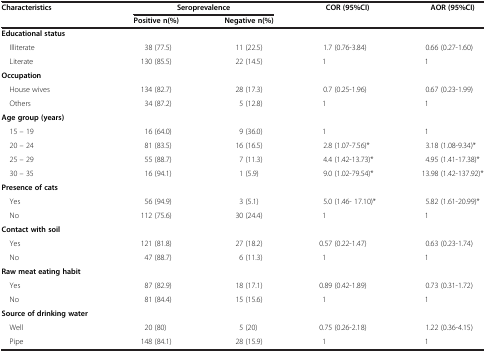
<table><thead><tr><td rowspan="2"><b>Characteristics</b></td><td colspan="2"><b>Seroprevalence</b></td><td><b>COR (95%CI)</b></td><td><b>AOR (95%CI)</b></td></tr><tr><td><b>Positive n(%)</b></td><td><b>Negative n(%)</b></td><td><b> </b></td><td><b> </b></td></tr></thead><tbody><tr><td><b>Educational status</b></td><td> </td><td> </td><td> </td><td> </td></tr><tr><td> Illiterate</td><td>38 (77.5)</td><td>11 (22.5)</td><td>1.7 (0.76-3.84)</td><td>0.66 (0.27-1.60)</td></tr><tr><td> Literate</td><td>130 (85.5)</td><td>22 (14.5)</td><td>1</td><td>1</td></tr><tr><td><b>Occupation</b></td><td> </td><td> </td><td> </td><td> </td></tr><tr><td> House wives</td><td>134 (82.7)</td><td>28 (17.3)</td><td>0.7 (0.25-1.96)</td><td>0.67 (0.23-1.99)</td></tr><tr><td> Others</td><td>34 (87.2)</td><td>5 (12.8)</td><td>1</td><td>1</td></tr><tr><td><b>Age group (years)</b></td><td> </td><td> </td><td> </td><td> </td></tr><tr><td> 15 – 19</td><td>16 (64.0)</td><td>9 (36.0)</td><td>1</td><td>1</td></tr><tr><td> 20 – 24</td><td>81 (83.5)</td><td>16 (16.5)</td><td>2.8 (1.07-7.56)*</td><td>3.18 (1.08-9.34)*</td></tr><tr><td> 25 – 29</td><td>55 (88.7)</td><td>7 (11.3)</td><td>4.4 (1.42-13.73)*</td><td>4.95 (1.41-17.38)*</td></tr><tr><td> 30 – 35</td><td>16 (94.1)</td><td>1 (5.9)</td><td>9.0 (1.02-79.54)*</td><td>13.98 (1.42-137.92)*</td></tr><tr><td><b>Presence of cats</b></td><td> </td><td> </td><td> </td><td> </td></tr><tr><td> Yes</td><td>56 (94.9)</td><td>3 (5.1)</td><td>5.0 (1.46- 17.10)*</td><td>5.82 (1.61-20.99)*</td></tr><tr><td> No</td><td>112 (75.6)</td><td>30 (24.4)</td><td>1</td><td>1</td></tr><tr><td><b>Contact with soil</b></td><td> </td><td> </td><td> </td><td> </td></tr><tr><td> Yes</td><td>121 (81.8)</td><td>27 (18.2)</td><td>0.57 (0.22-1.47)</td><td>0.63 (0.23-1.74)</td></tr><tr><td> No</td><td>47 (88.7)</td><td>6 (11.3)</td><td>1</td><td>1</td></tr><tr><td><b>Raw meat eating habit</b></td><td> </td><td> </td><td> </td><td> </td></tr><tr><td> Yes</td><td>87 (82.9)</td><td>18 (17.1)</td><td>0.89 (0.42-1.89)</td><td>0.73 (0.31-1.72)</td></tr><tr><td> No</td><td>81 (84.4)</td><td>15 (15.6)</td><td>1</td><td>1</td></tr><tr><td><b>Source of drinking water</b></td><td> </td><td> </td><td> </td><td> </td></tr><tr><td> Well</td><td>20 (80)</td><td>5 (20)</td><td>0.75 (0.26-2.18)</td><td>1.22 (0.36-4.15)</td></tr><tr><td> Pipe</td><td>148 (84.1)</td><td>28 (15.9)</td><td>1</td><td>1</td></tr></tbody></table>